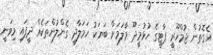
އެގޮތުން ޖުމްހޫރީ ޕާޓީގެ ހުޅުމީދޫ މާލަމަށް ބަޔަކު ހަމަލާދީ ގެންލުންތަކެއް ދީފައި މިވަނީ